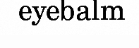
eyebalm